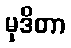
မုဒိတာ